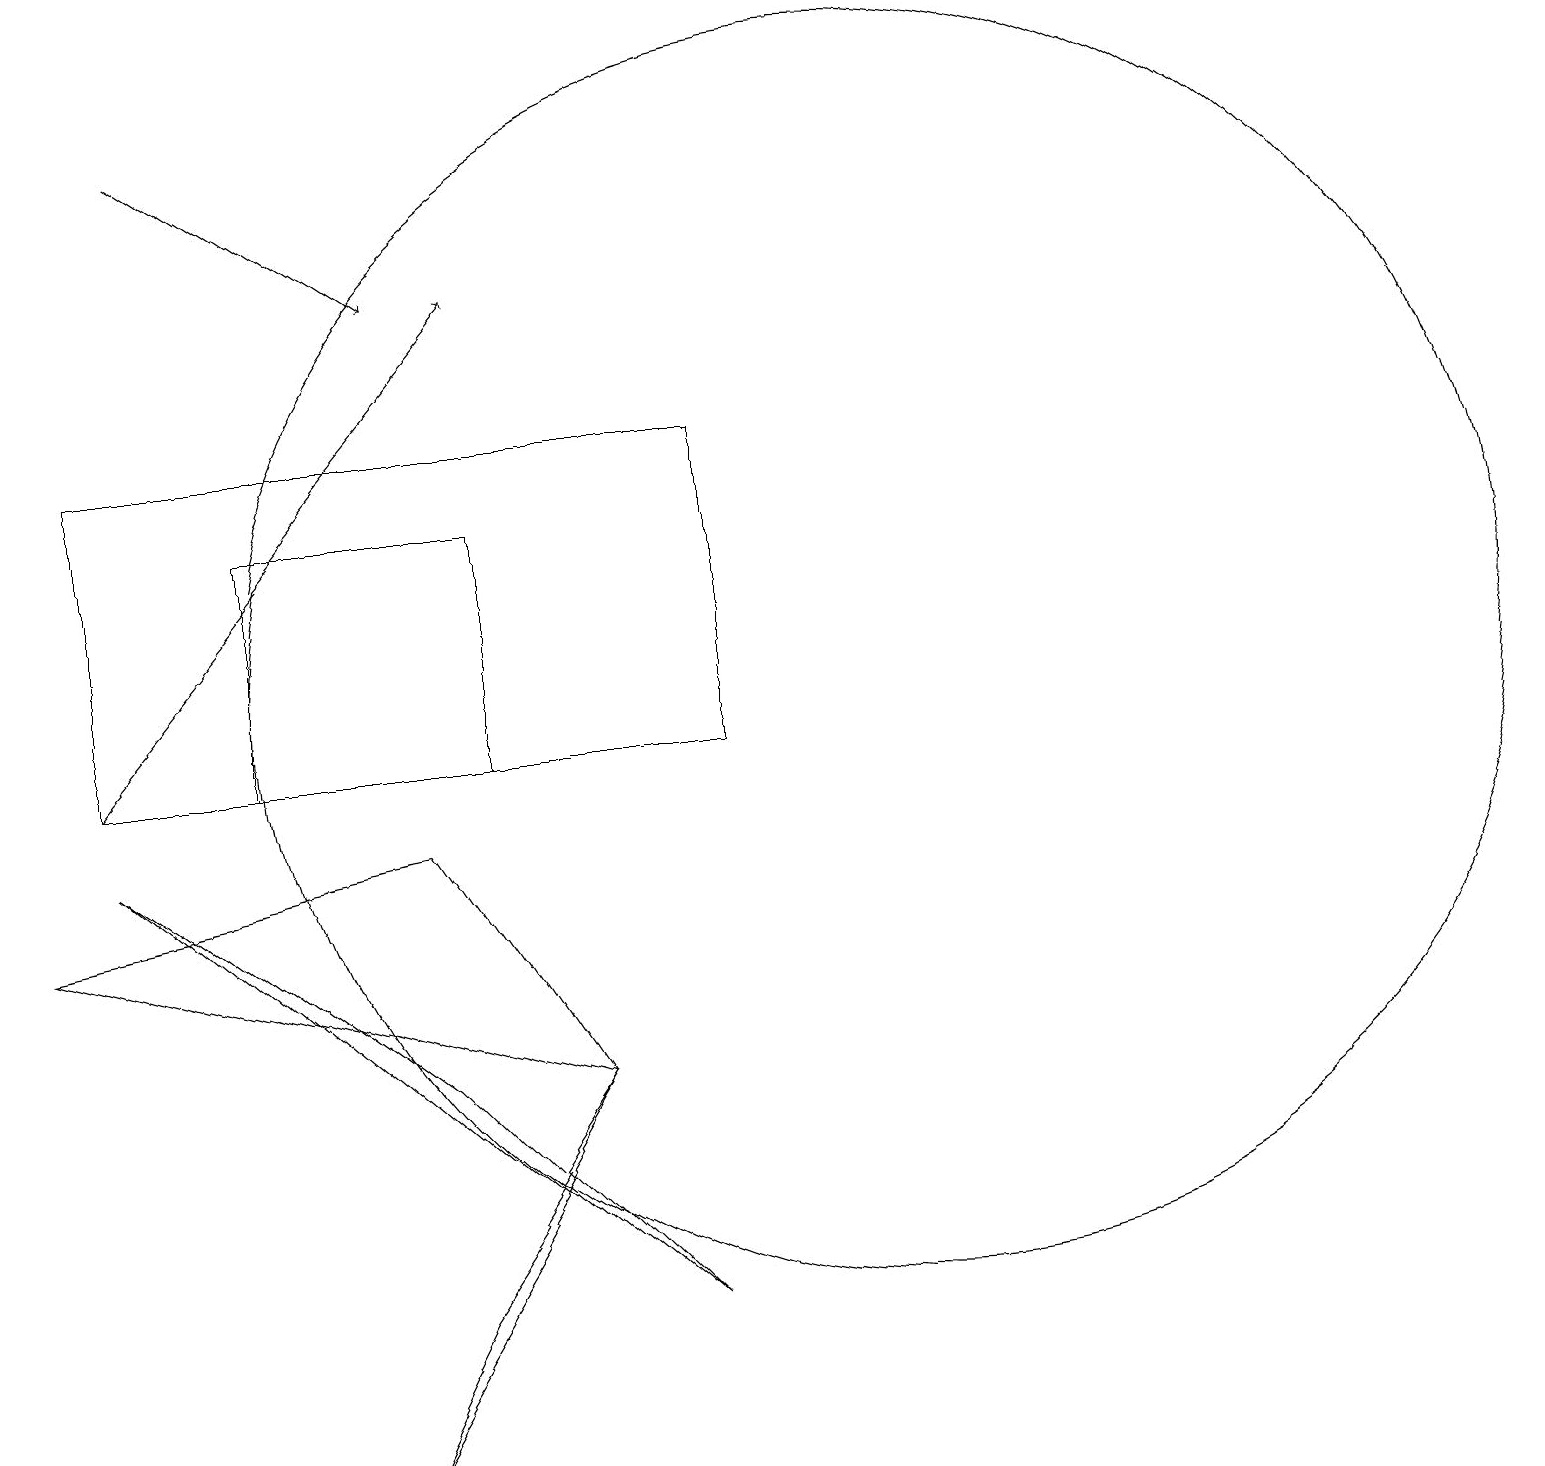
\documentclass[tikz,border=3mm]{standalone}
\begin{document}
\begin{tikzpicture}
\draw (4,1) -- (5,3) -- (7,6) -- cycle;
\draw (5,9) -- (7,6) -- (0,8) -- cycle;
\draw (11,11) circle (8);
\draw (6,10) rectangle (3,13);
\draw (1,9) -- (5,6) -- (8,3) -- cycle;
\draw[->] (1,10) -- (6,16);
\draw[->] (2,18) -- (5,16);
\draw (1,10) rectangle (9,14);
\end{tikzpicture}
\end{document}